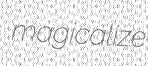
magicalize